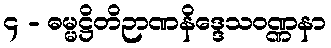
၄ - ဓမ္မဋ္ဌိတိဉာဏနိဒ္ဒေသဝဏ္ဏနာ